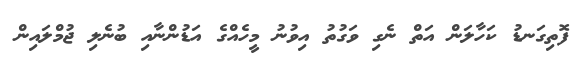
ފޮތިގަނޑު ކަހާލަން އަތް ނެގި ވަގުތު އިވުނު މީހެއްގެ އަޑުންނާއި ބުނެލި ޖުމްލައިން